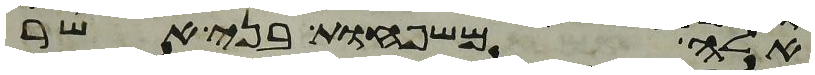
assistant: אלה משפחות בני אשר